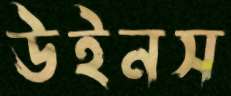
উইনস